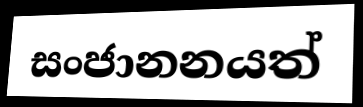
සංජානනයත්